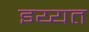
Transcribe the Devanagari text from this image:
इय्यत